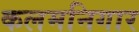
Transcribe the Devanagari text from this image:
कलमनिगार